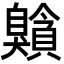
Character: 𦤰